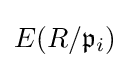
E(R/{\mathfrak {p}}_{i})